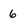
Character: 6